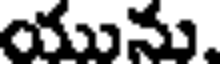
యును.